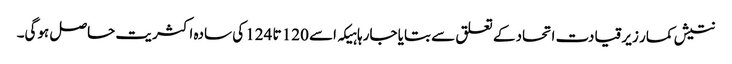
نتیش کمار زیرقیادت اتحاد کے تعلق سے بتایا جارہا ہیکہ اسے 120 تا 124 کی سادہ اکثریت حاصل ہوگی۔